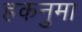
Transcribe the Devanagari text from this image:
हकनुमा